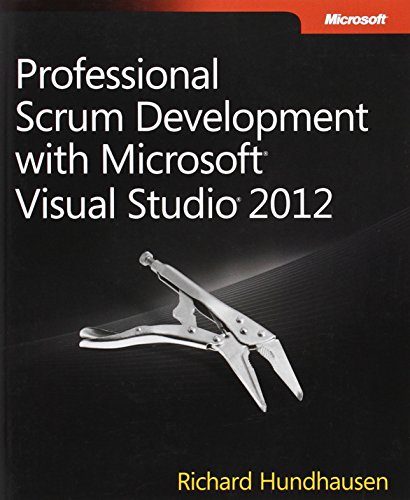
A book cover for Professional Scrum Development with Microsoft Visual Studio 2012 (Developer Reference); Richard Hundhausen; Computers & Technology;